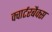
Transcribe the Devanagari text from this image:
क्वार्टरबैक्स